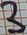
Text: 3